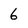
Character: 6